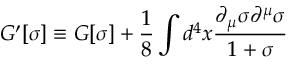
G ^ { \prime } [ \sigma ] \equiv G [ \sigma ] + \frac { 1 } { 8 } \int d ^ { 4 } x \frac { \partial _ { \mu } \sigma \partial ^ { \mu } \sigma } { 1 + \sigma }